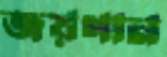
জয়গান